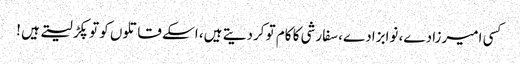
کسی امیرزادے، نوابزادے، سفارشی کا کام تو کردیتے ہیں، اسکے قاتلوں کو تو پکڑ لیتے ہیں !